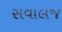
સવાલજ